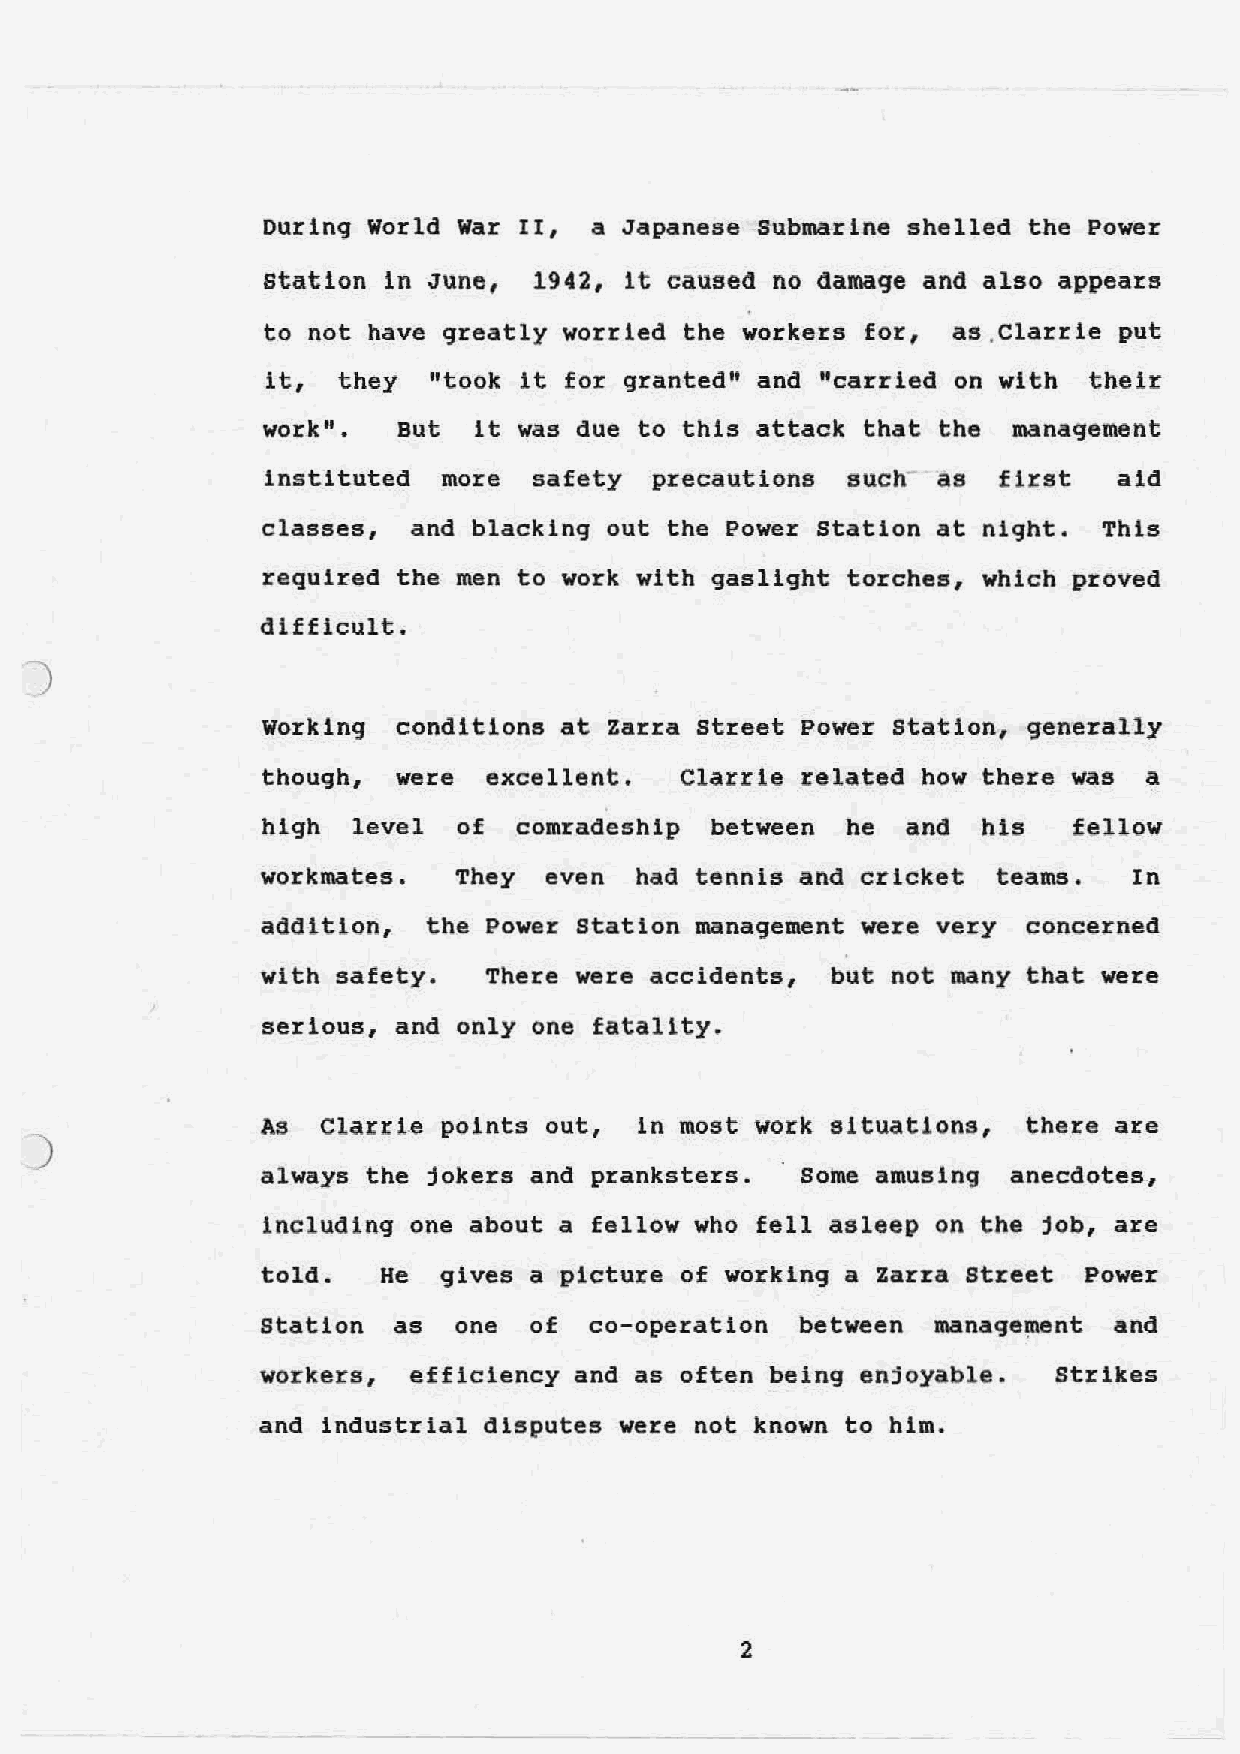
During World War II, a Japanese Submarine shelled the Powe%
 station in June, 1942, it caused no damage and also appears
 to not have greatly worried the workers for, as .Clarrle put
 it, they   "took it for granted" and "carried on with their
 work".   But  it was due to this attack that the  management
 instituted more  safety  precautions  such- as  first   aid
 classes,  and blacking out the Power station at night.  This
 required the men to work with gaslight torches, which proved
 difficult.
 J
 working  conditions at Zarra street Power station, generally
 though,  were  excellent.   Clarrie related how there was  a
 high  level  of  comradeship  between  he  and  his   fellow
 workmates.   They  even  had tennis and cricket  teams.   In
 addition,  the Power station management were very  concerned
 with safety.   There were accidents,  but not many that were
 serious, and only one fatality.
 As  Clarri.e points out, in most work situations,  there are
 )
 always the jokers and pranksters.   Some amusing  anecdotes,
 including one about a fellow who fell asleep on the job, are
 told.   He  gives a picture of working a Zarra Street  Power
 Station  as  one  of  co-operation  between              and
 manage~ent
 workers,  efficiency and as often being enjoyable.   strikes
 and industrial disputes were not known to him.
 2